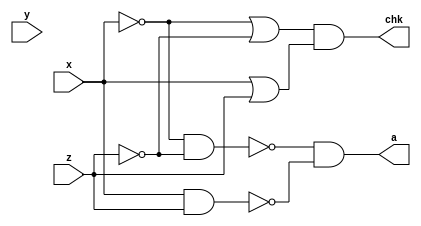
module Q2_3_ii(x,y,z,a,chk);
	input x,y,z;
	output a, chk;
	nand(h,x,z);
	nand(i,x,x);
	nand(j,z,z);
	nand(k,i,j);
	nand(l,k,h);
	nand(a,l,l);
	assign chk = ((~x|~z)&(x|z));
endmodule